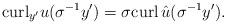
LaTeX: \begin{align*}{\rm curl}_{y'}u(\sigma^{-1}y')=\sigma{\rm curl}\,\hat{u}(\sigma^{-1}y').\end{align*}